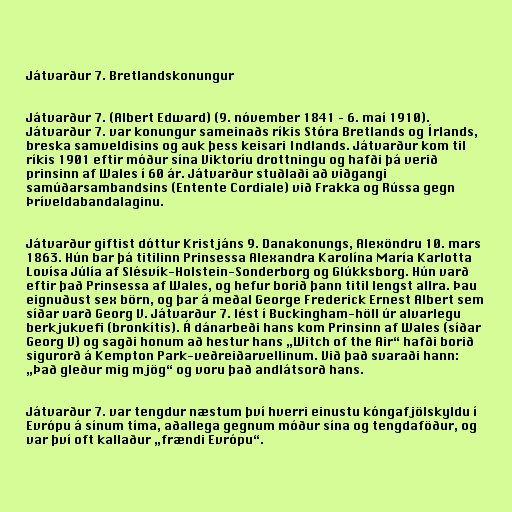
Játvarður 7. Bretlandskonungur

Játvarður 7. (Albert Edward) (9. nóvember 1841 – 6. maí 1910).
Játvarður 7. var konungur sameinaðs ríkis Stóra Bretlands og Írlands,
breska samveldisins og auk þess keisari Indlands. Játvarður kom til
ríkis 1901 eftir móður sína Viktoríu drottningu og hafði þá verið
prinsinn af Wales í 60 ár. Játvarður stuðlaði að viðgangi
samúðarsambandsins (Entente Cordiale) við Frakka og Rússa gegn
Þríveldabandalaginu.

Játvarður giftist dóttur Kristjáns 9. Danakonungs, Alexöndru 10. mars
1863. Hún bar þá titilinn Prinsessa Alexandra Karolína María Karlotta
Lovísa Júlía af Slésvík-Holstein-Sonderborg og Glúkksborg. Hún varð
eftir það Prinsessa af Wales, og hefur borið þann titil lengst allra. Þau
eignuðust sex börn, og þar á meðal George Frederick Ernest Albert sem
síðar varð Georg V. Játvarður 7. lést í Buckingham-höll úr alvarlegu
berkjukvefi (bronkítis). Á dánarbeði hans kom Prinsinn af Wales (síðar
Georg V) og sagði honum að hestur hans „Witch of the Air“ hafði borið
sigurorð á Kempton Park-veðreiðarvellinum. Við það svaraði hann:
„Það gleður mig mjög“ og voru það andlátsorð hans.

Játvarður 7. var tengdur næstum því hverri einustu kóngafjölskyldu í
Evrópu á sínum tíma, aðallega gegnum móður sína og tengdaföður, og
var því oft kallaður „frændi Evrópu“.